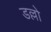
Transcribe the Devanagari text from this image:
डल्लो